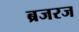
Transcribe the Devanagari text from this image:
ब्रजरज